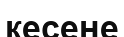
кесене